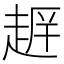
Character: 𮚺